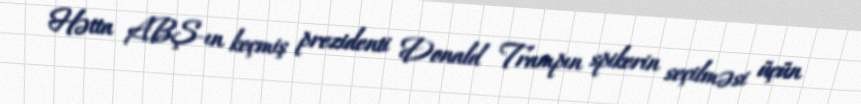
Hətta ABŞ-ın keçmiş prezidenti Donald Trampın spikerin seçilməsi üçün